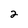
Character: 2